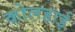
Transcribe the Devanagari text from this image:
कोलहाई